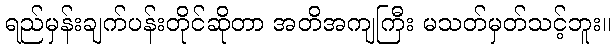
ရည်မှန်းချက်ပန်းတိုင်ဆိုတာ အတိအကျကြီး မသတ်မှတ်သင့်ဘူး။